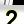
Digit: 2